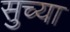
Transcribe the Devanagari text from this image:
सुच्या